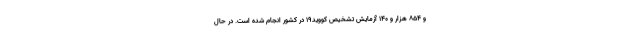
و ۸۵۴ هزار و ۱۴۰ آزمایش تشخیص کووید۱۹ در کشور انجام شده است. در حال